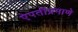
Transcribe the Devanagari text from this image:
ऐपतीप्रमाणे